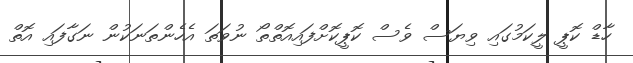
ހާޑް ކޮޕީ ލީކަމުގައި ވިޔަސް ވެސް ކޮޕީކޮށްފައިއޮތްތޯ ނުވަތަ އެހެންތަނަކުން ނަގާފައި އޮތް